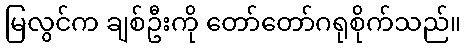
မြလွင်က ချစ်ဦးကို တော်တော်ဂရုစိုက်သည်။